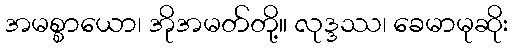
အမစ္စာယော၊ အိုအမတ်တို့။ လုဒ္ဒဿ၊ ခေမာမုဆိုး